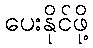
ပေးနိုင်ဖို့